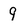
Character: 9